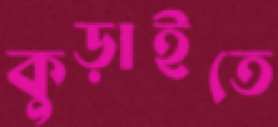
কুড়াইতে